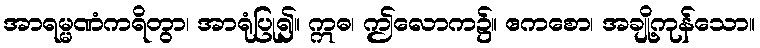
အာရမ္မဏံကရိတွာ၊ အာရုံပြု၍။ ဣဓ၊ ဤလောက၌။ ဧကစော၊ အချို့ကုန်သော။